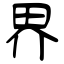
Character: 界